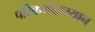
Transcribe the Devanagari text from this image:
परिक्रमेदरम्यान